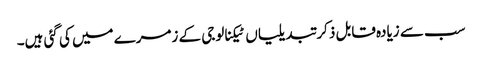
سب سے زیادہ قابل ذکر تبدیلیاں ٹیکنالوجی کے زمرے میں کی گئی ہیں۔